Leningradi_Edasi_toimetus, lk 4
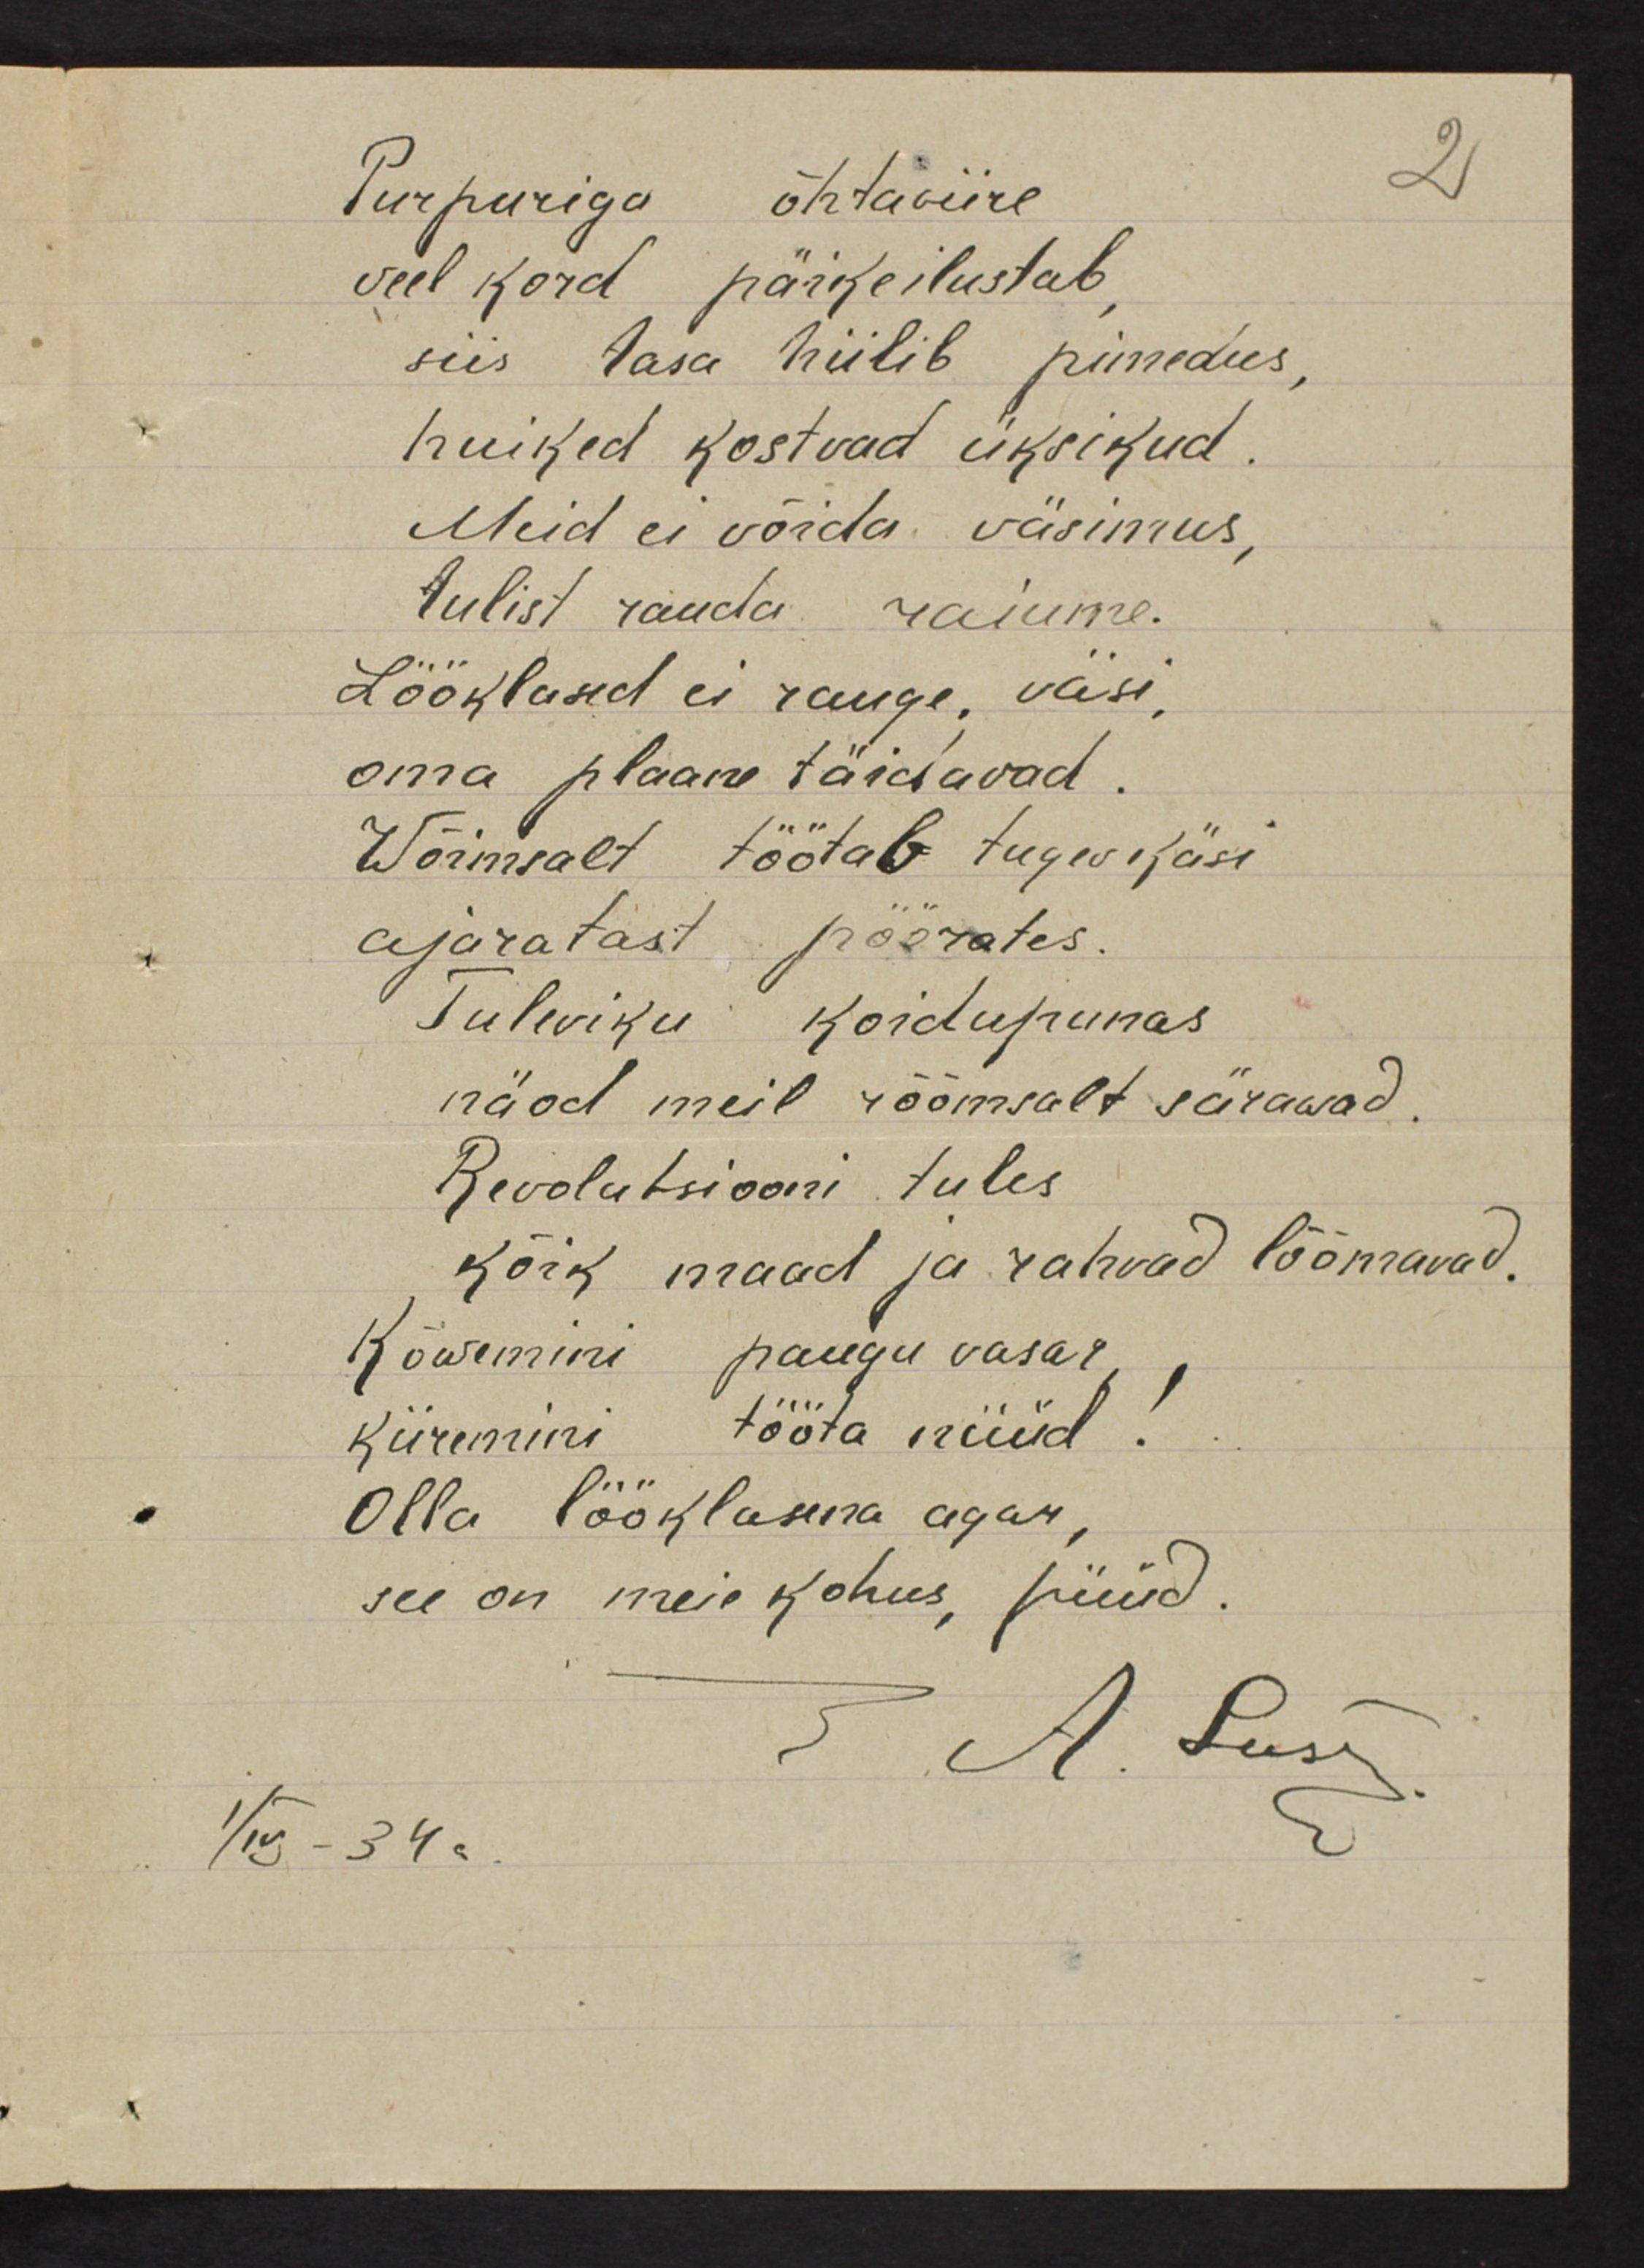
Purpuriga õhtaviire
veel kord päike ilustab,
siis tasa hiilib pimedus,
huiked kostvad üksikud.
Meid ei võida väsimus,
tulist rauda raiume.
Lööklased ei rauge, väsi,
oma plaane täidavad.
Wõimsalt töötab tugev käsi
ajaratast pöörates.
Tuleviku koidupunas
näod meil rõõmsalt särawad.
Revolutsiooni tules
kõik maad ja rahvad lõõmavad.
Kõwemini paugu vasar,
kiiremini tööta nüüd!
Olla lööklasena agar,
see on meie kohus, püüd.
A. Lust
1/19 - 34a.